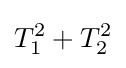
T_{1}^{2}+T_{2}^{2}